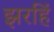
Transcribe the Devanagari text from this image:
झरहिं